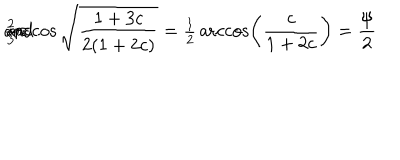
{ \textstyle { \frac { 2 } { 3 } } } \pi \hspace { 6 m m } \mathrm { a n d } \hspace { 6 m m } \operatorname { a r c c o s } \sqrt { \frac { 1 + 3 c } { 2 ( 1 + 2 c ) } } = { \textstyle { \frac { 1 } { 2 } } } \operatorname { a r c c o s } \left( \frac { c } { 1 + 2 c } \right) = \frac { \psi } { 2 }